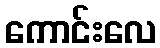
ကောင်းလေ